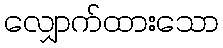
လျှောက်ထားသော